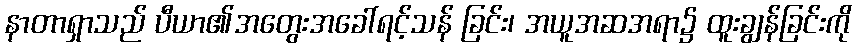
နာတာရှာသည် ပီယာ၏အတွေးအခေါ်ရင့်သန် ခြင်း၊ အယူအဆအရာ၌ ထူးချွန်ခြင်းကို